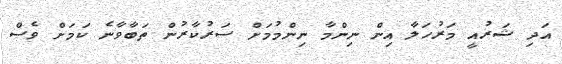
އަދި ޝަރުއީ މަރުހަލާ އިން ނިންމާ ނިންމުމަށް ސަރުކާރުން ތަބާވާނެ ކަމަށް ވެސް